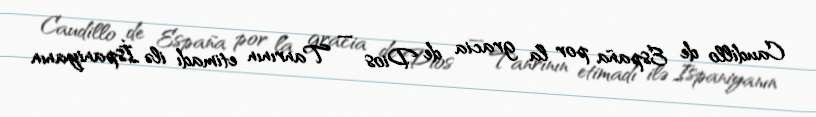
Caudillo de España por la gracia de Dios — Tanrının etimadı ilə İspaniyanın